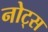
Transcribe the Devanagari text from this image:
नोट्‍स